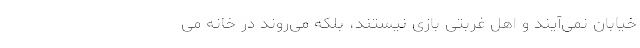
خیابان نمی‌آیند و اهل غربتی بازی نیستند، بلکه می‌روند در خانه می‌